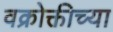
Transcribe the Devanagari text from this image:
वक्रोक्तीच्या